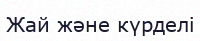
Жай және күрделі